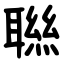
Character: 聮